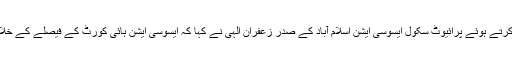
پیر کے روز نیشنل پریس کلب اسلام آبادمیں پریس کانفر نس کرتے ہوئے پرائیوٹ سکول ایسوسی ایشن اسلام آباد کے صدر زعفران الٰہی نے کہا کہ ایسوسی ایشن ہائی کورٹ کے فیصلے کے خلاف نہیں بلکہ پیر اکی غلط رپورٹ اور اقدامات کے خلاف ہے۔